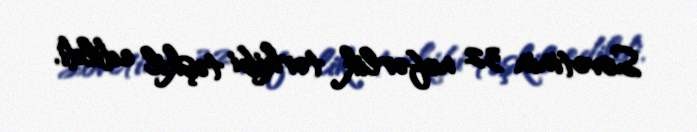
Sovetinin 32 nəfərlik tərkibi təşkil edildi.